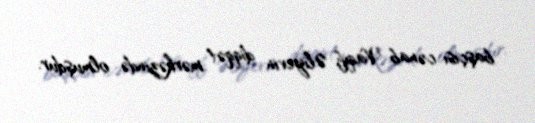
başçısı cənab Vaqif Əliyevin diqqət mərkəzində olmuşdur.